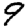
Digit: 9